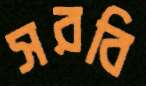
সরবি